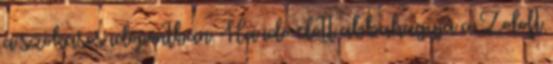
a szokásos időpontban. Ha idő előtt abbahagyja a Zoloft